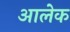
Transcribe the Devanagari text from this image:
आलेक